Scottish Leaving Certificate Examination, 1958
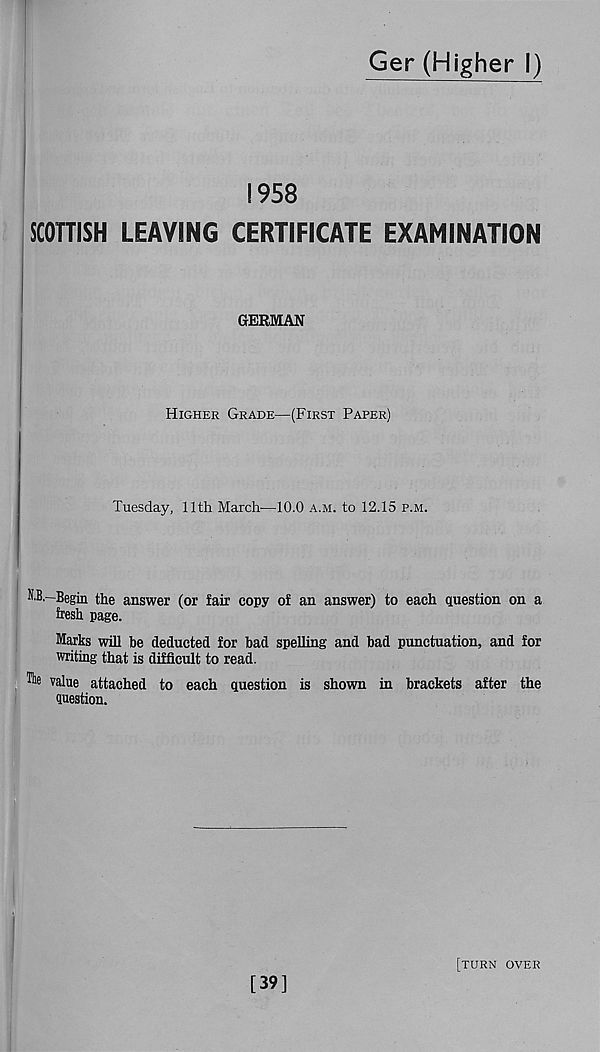
Ger (Higher I)
!958
SCOTTISH LEAVING CERTIFICATE EXAMINATION
GERMAN
Higher Grade—(First Paper)
Tuesday, 11th March—10.0 a.m. to 12.15 p.m.
K.B.—Begin the answer (or fair copy of an answer) to each question on a
fresh page.
Marks will be deducted for bad spelling and bad punctuation, and for
writing that is difficult to read.
value attached to each question is shown in brackets after the
Question.
[39]
[turn over